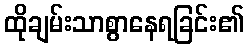
ထိုချမ်းသာစွာနေရခြင်း၏